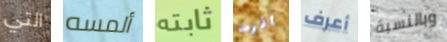
التي ألمسه ثابته اثرت أعرف وبالنسبة